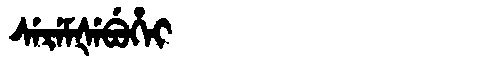
Manchu: ᠰᡝᡵᡝᠮᡧᡝᠪᡠᡥᡝᡳ
Romanization: SEREMŠEBUHEI